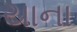
યાના